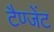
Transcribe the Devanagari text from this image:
टैण्जेंट